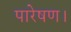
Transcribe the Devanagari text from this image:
पारेषण।